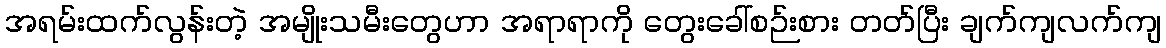
အရမ်းထက်လွန်းတဲ့ အမျိုးသမီးတွေဟာ အရာရာကို တွေးခေါ်စဉ်းစား တတ်ပြီး ချက်ကျလက်ကျ